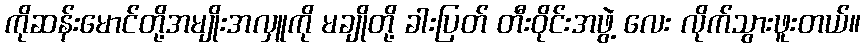
ကိုဆန်းမောင်တို့အမျိုးအလှူကို မချိုတို့ ခါးပြတ် တီးဝိုင်းအဖွဲ့ လေး လိုက်သွားဖူးတယ်။